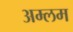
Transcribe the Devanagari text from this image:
अम्लम